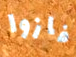
فازوا